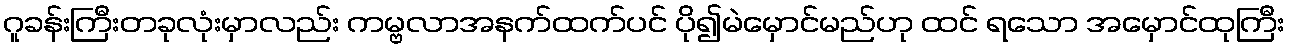
ဂူခန်းကြီးတခုလုံးမှာလည်း ကမ္ဗလာအနက်ထက်ပင် ပို၍မဲမှောင်မည်ဟု ထင် ရသော အမှောင်ထုကြီး